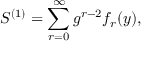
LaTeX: S ^ { ( 1 ) } = \sum _ { r = 0 } ^ { \infty } g ^ { r - 2 } f _ { r } ( y ) ,